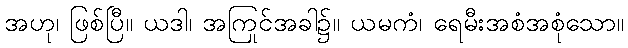
အဟု၊ ဖြစ်ပြီ။ ယဒါ၊ အကြင်အခါ၌။ ယမကံ၊ ရေမီးအစုံအစုံသော။